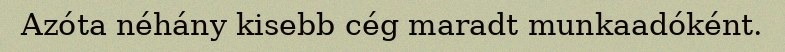
Azóta néhány kisebb cég maradt munkaadóként.